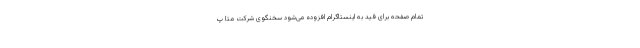
تمام صفحه برای فید به اینستاگرام افزوده می‌شود سخنگوی شرکت مِتا پ